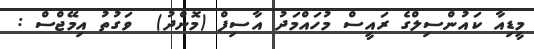
މީޑިއާ ކައުންސިލްގެ ރައީސް މުހައްމަދު އާސިފް (މޮންދު)  ވަގުތު އިމޭޖްސް :